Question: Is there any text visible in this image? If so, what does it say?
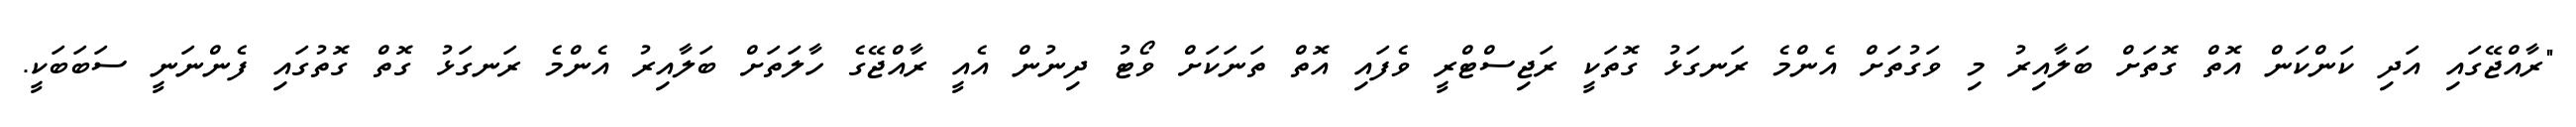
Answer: "ރާއްޖޭގައި އަދި ކަންކަން އޮތް ގޮތަށް ބަލާއިރު މި ވަގުތަށް އެންމެ ރަނގަޅު ގޮތަކީ ރަޖިސްޓްރީ ވެފައި އޮތް ތަނަކަށް ވޯޓު ދިނުން އެއީ ރާއްޖޭގެ ހާލަތަށް ބަލާއިރު އެންމެ ރަނގަޅު ގޮތް ގޮތުގައި ފެންނަނީ ސަބަބަކީ.